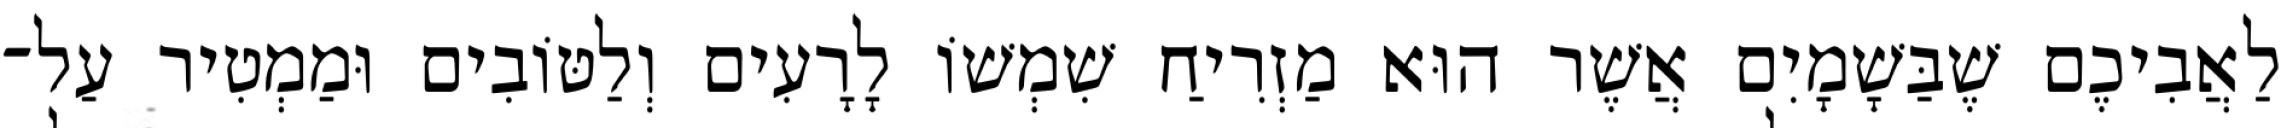
לַאֲבִיכֶם שֶׁבַּשָׁמָיִם אֲשֶׁר הוּא מַזְרִיחַ שִׁמְשׁוֹ לָרָעִים וְלַטּוֹבִים וּמַמְטִיר עַל־